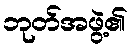
ဘုတ်အဖွဲ့၏